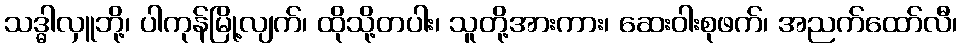
သဒ္ဓါလှူဘို့၊ ပါကုန်မြို့လျက်၊ ထိုသို့တပါး၊ သူတို့အားကား၊ ဆေးဝါးစုဖက်၊ အညက်ထော်လီ၊